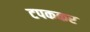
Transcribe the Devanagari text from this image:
टपककर